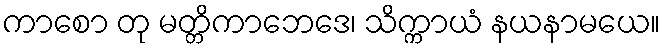
ကာစော တု မတ္တိကာဘေဒေ၊ သိက္ကာယံ နယနာမယေ။